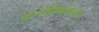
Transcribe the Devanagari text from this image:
आराम्भिकता